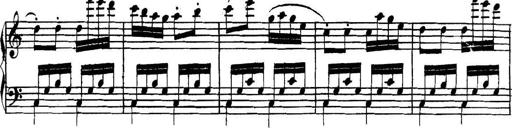
Title: Collected Piano Sonatas
Composer: Muzio Clementi